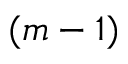
( m - 1 )